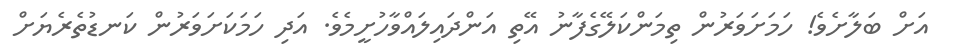
އަށް ބަލާށެވެ! ހަމަށަވަރުން ތިމަންކަލޭގެފާނު އޭތި އަންދައިލައްވާހުށީމެވެ. އަދި ހަމަކަށަވަރުން ކަނޑުތެރެޔަށް